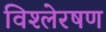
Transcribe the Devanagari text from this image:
विश्लेरषण